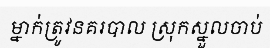
ម្នាក់ត្រូវនគរបាល ស្រុកស្នួលចាប់